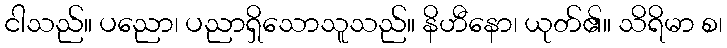
ငါသည်။ ပညော၊ ပညာရှိသောသူသည်။ နိဟီနော၊ ယုတ်၏။ သိရိမာ စ၊